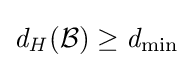
{\mathit {d_{H}}}({\mathcal {B}})\geq {\mathit {d_{\min }}}